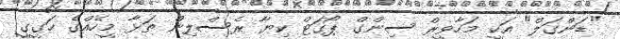
"ޑަންގަލް" އަކީ މަހާވީރް ސިންގް ޕޯގަޓް ކިޔާ ރެސްލިން ތަޅާ މީހެއްގެ ހަގީގީ